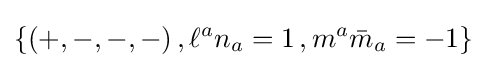
\{(+,-,-,-)\,,\ell ^{a}n_{a}=1\,,m^{a}{\bar {m}}_{a}=-1\}